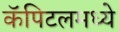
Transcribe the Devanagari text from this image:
कॅपिटलमध्ये